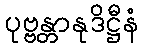
ပုဗ္ဗန္တာနုဒိဋ္ဌီနံ